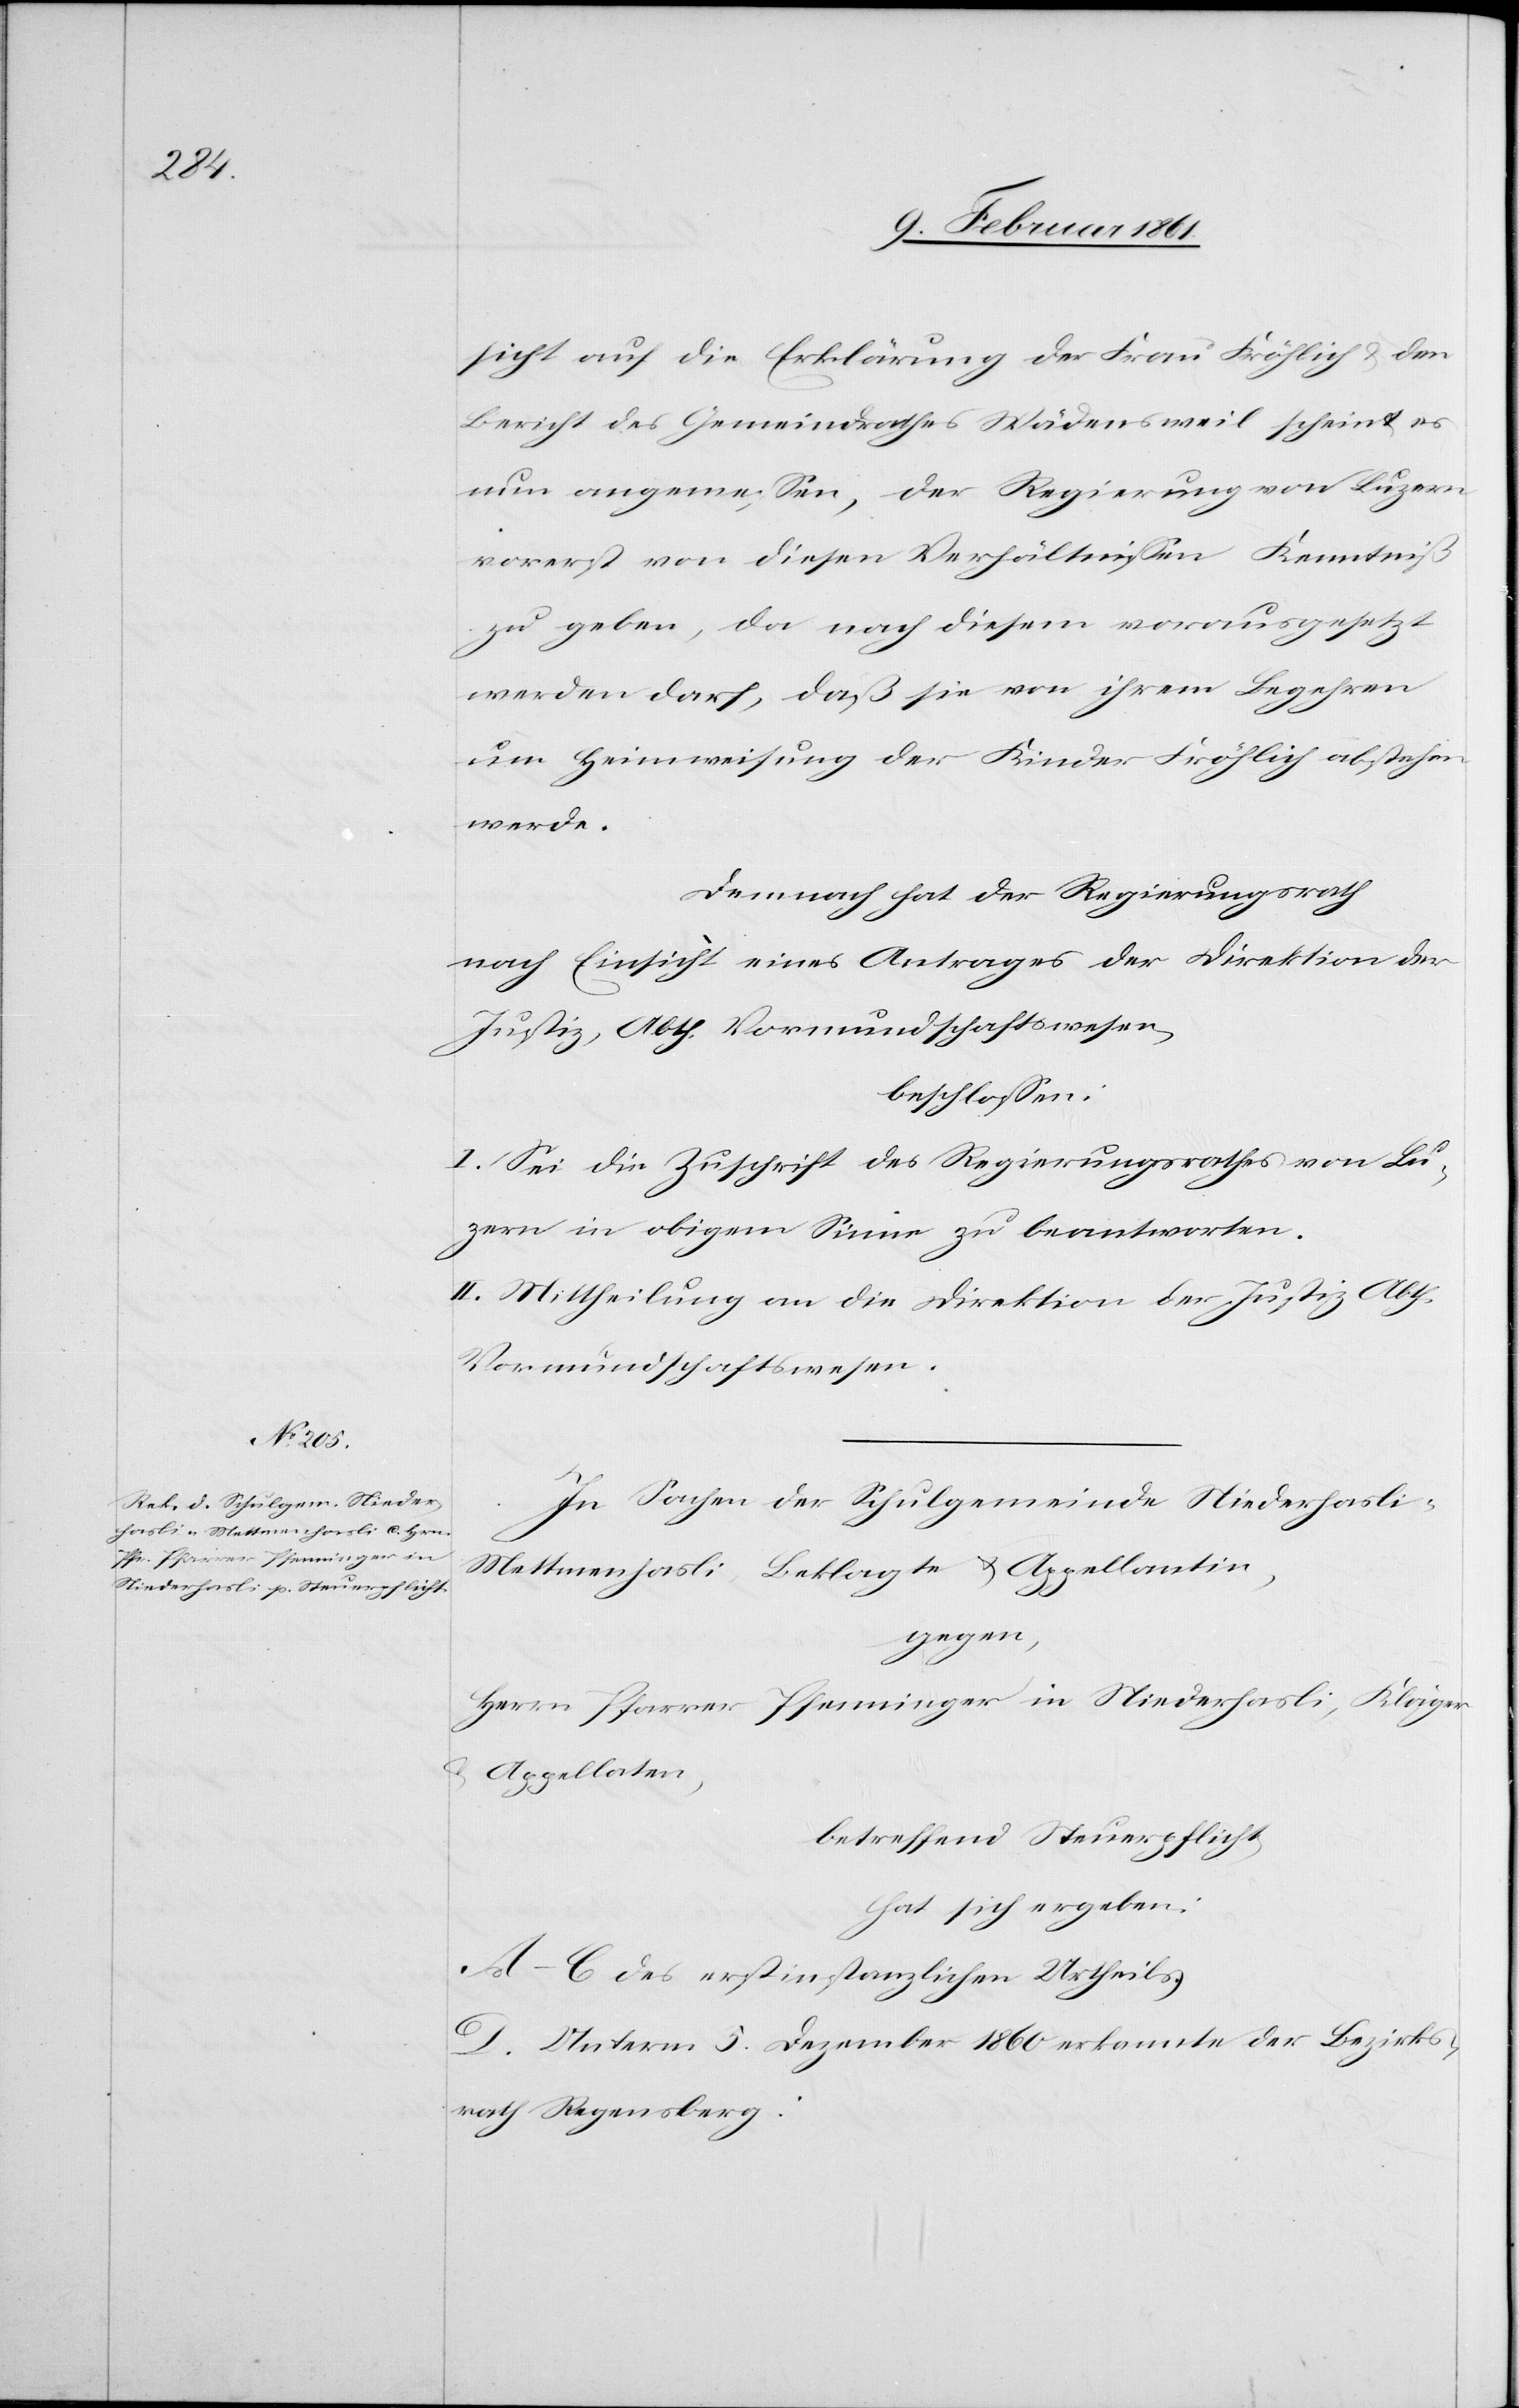
sicht auf die Erklärung der Frau Fröhlich u. den
Bericht des Gemeindrathes Wädensweil scheint es
nun angemessen, der Regierung von Luzern
vorerst von diesen Verhältnissen Kenntniß
zu geben, da nach diesem vorausgesetzt
werden darf, daß sie von ihrem Begehren
über Heimweisung der Kinder Fröhlich abstehen
werde.
Demnach hat der Regierungsrath
nach Einsicht eines Antrages der Direktion der
Justiz, Abth. Vormundschaftswesen,
beschlossen:
I. Sei die Zuschrift des Regierungsrathes von Lu¬
zern im obigen Sinne zu beantworten.
II. Mittheilung an die Direktion der Justiz Abth.
Vormundschaftswesen.
In Sachen der Schulgemeinde Niederhasl¬
i-Mettmenhasli, Beklagte u. Appellantin,
gegen,
Herrn Pfarrer Pfenninger in Niederhasli, Kläger
Appellaten,
betreffend Steuerpflicht,
hat sich ergeben:
A–C. des erstinstanzlichen Urtheils.
D. Unterm 5. Dezember 1860 erkannte der Bezirks¬
rath Regensberg: